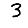
Digit: 3